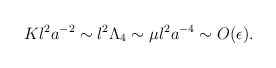
\begin{align*}Kl^2a^{-2} \sim l^2\Lambda_4 \sim \mu l^2a^{-4} \sim O(\epsilon). \end{align*}